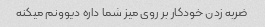
ضربه زدن خودکار بر روی میز شما داره دیوونم میکنه